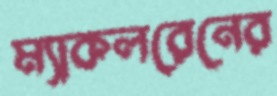
ম্যাকলরেনের